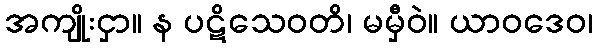
အကျိုးငှာ။ န ပဋိသေဝတိ၊ မမှီဝဲ။ ယာဝဒေဝ၊